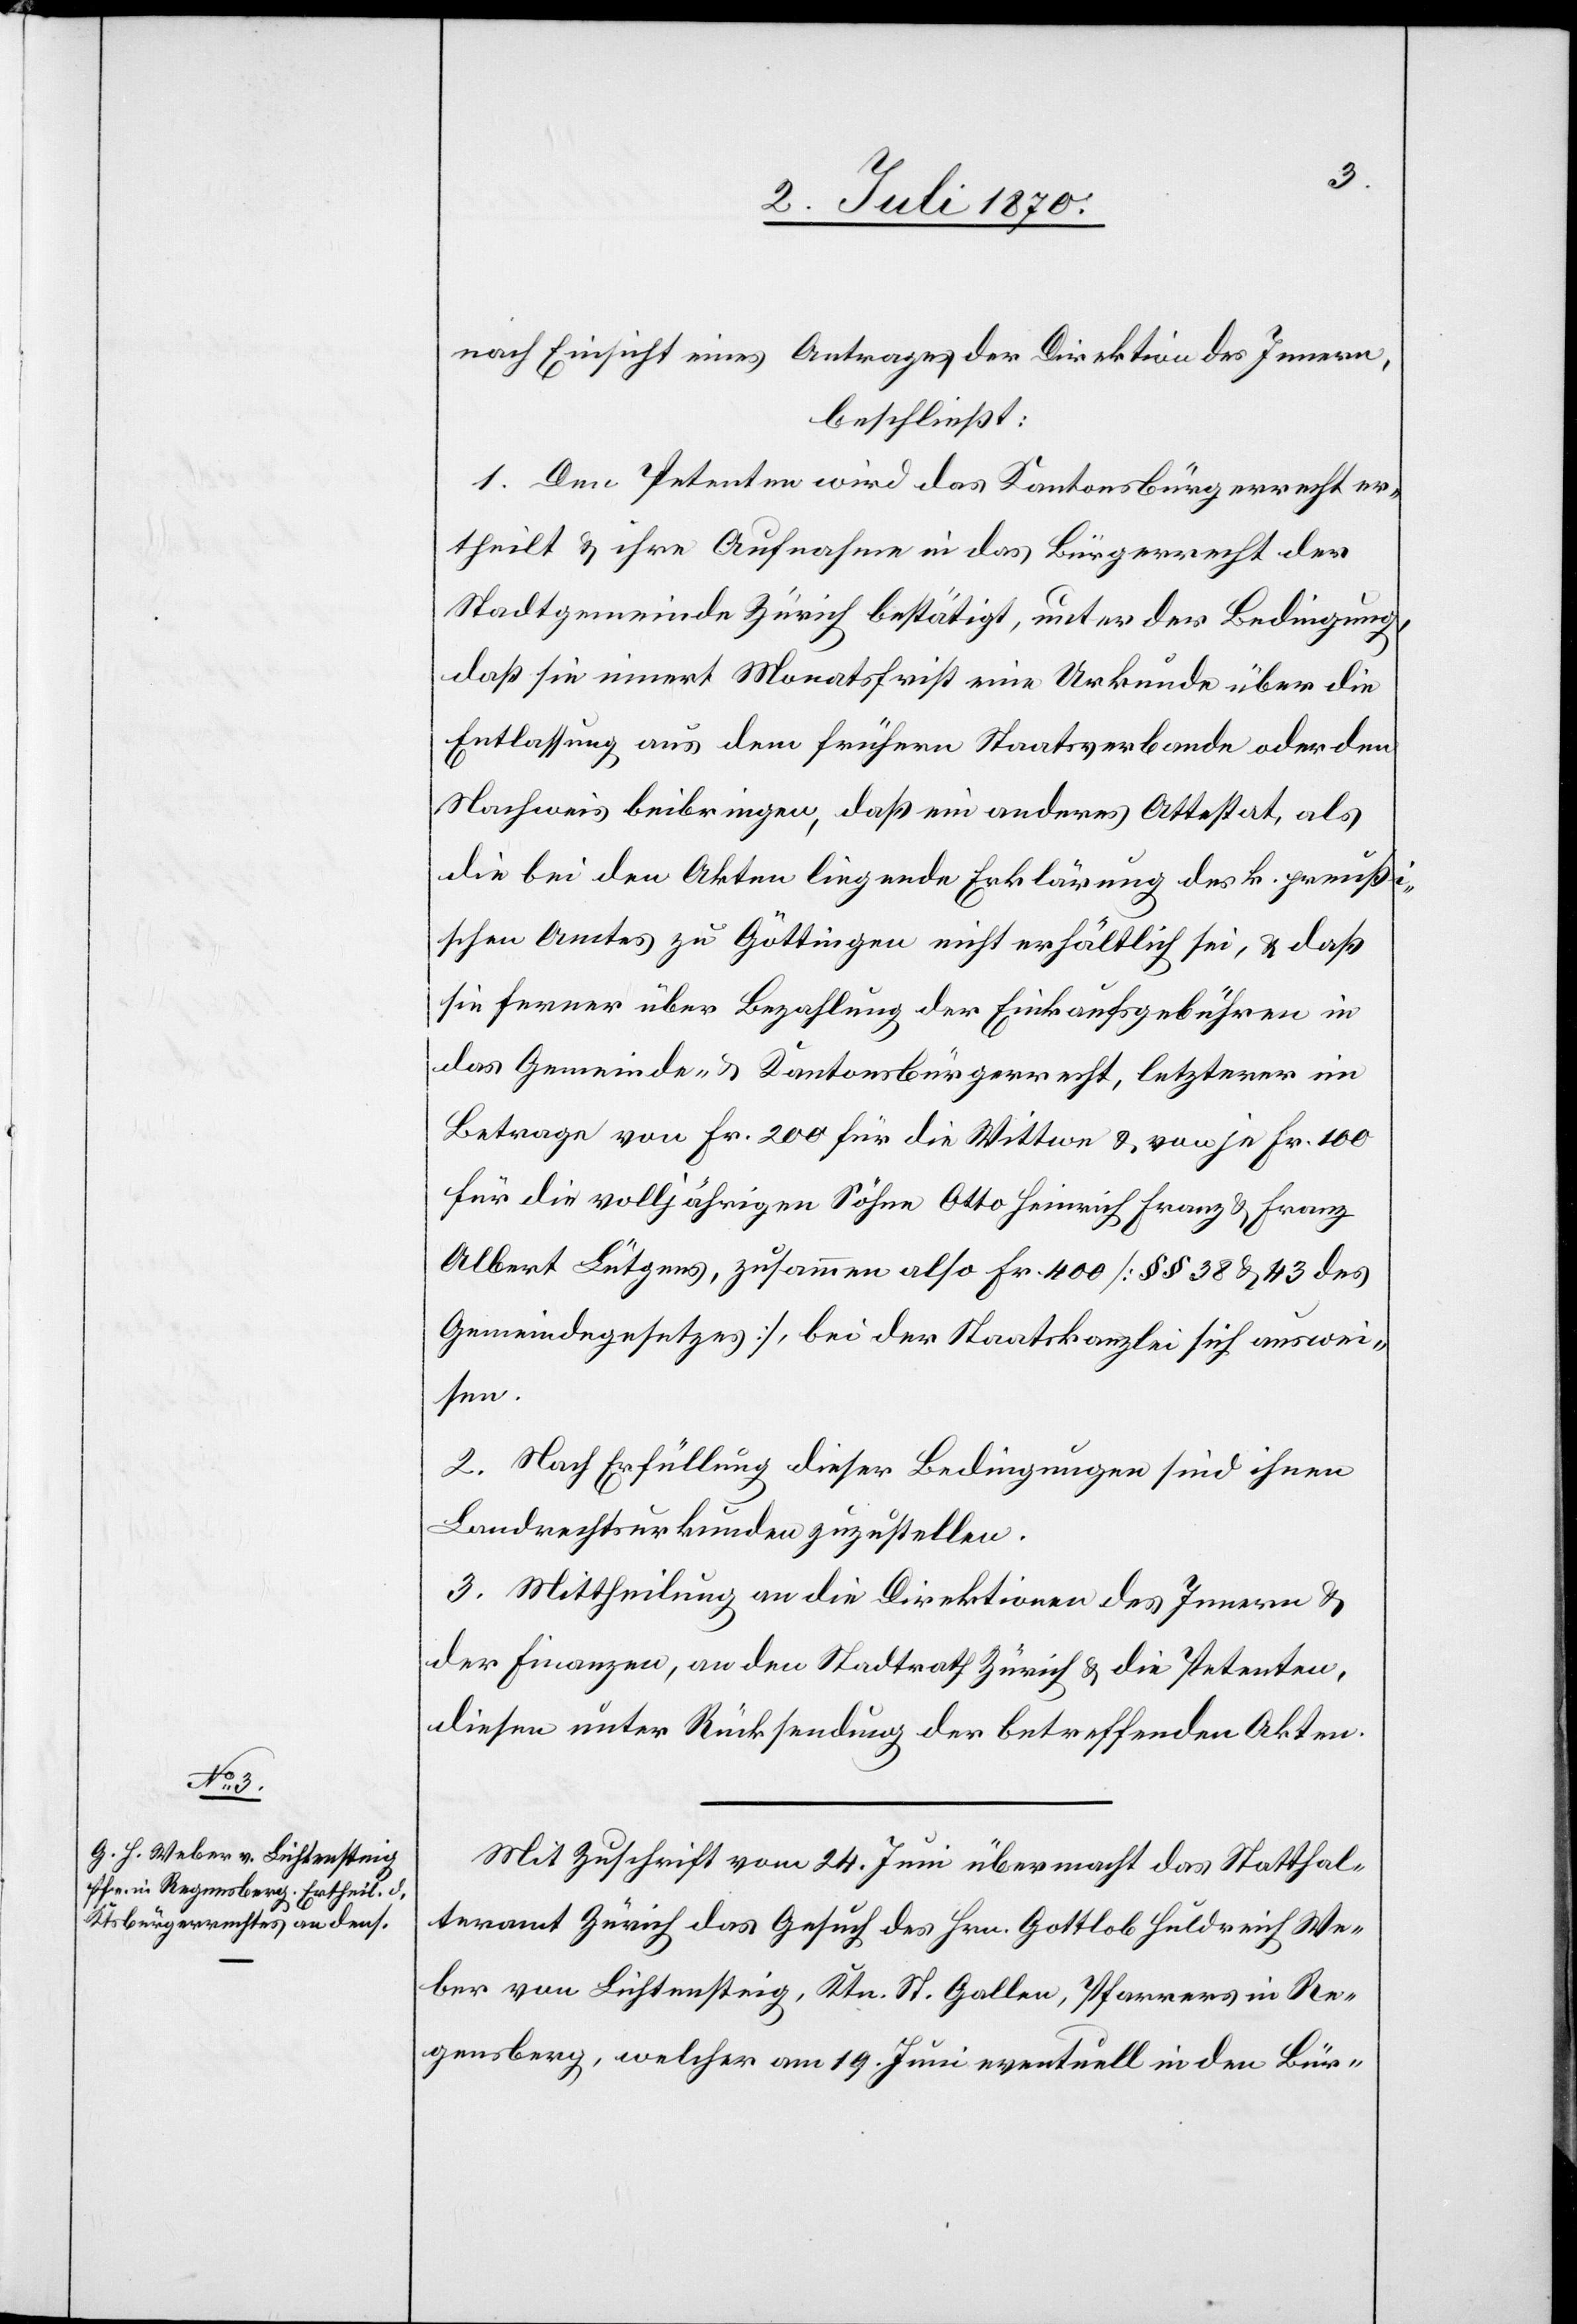
nach Einsicht eines Antrages der Direktion des Innern,
beschließt:
1. Den Petenten wird das Kantonsbürgerrecht er¬
theilt & ihre Aufnahme in das Bürgerrecht der
Stadtgemeinde Zürich bestätigt, unter der Bedingung,
daß sie innert Monatsfrist eine Urkunde über die
Entlassung aus dem frühern Staatsverbande oder den
Nachweis beibringen, daß ein anderes Attestat, als
die bei den Akten liegende Erklärung des k. preußi¬
schen Amtes zu Göttingen nicht erhältlich sei, & daß
sie ferner über Bezahlung der Einkaufsgebühren in
das Gemeinde- & Kantonsbürgerrecht, letzterer
Betrage von Fr. 200 für die Wittwe & von je Fr. 100
für die volljährigen Söhne Otto Heinrich Franz & Franz
Albert Lütgens, zusammen also Fr. 400 [§§ 38 & 43 des
Gemeindegesetzes], bei der Staatskanzlei sich auswei¬
sen.
2. Nach Erfüllung dieser Bedingungen sind ihnen
Landrechtsurkunden zuzustellen.
3. Mittheilung an die Direktionen des Innern &
der Finanzen, an den Stadtrath Zürich & die Petenten,
diesen unter Rücksendung der betreffenden Akten.
Mit Zuschrift vom 24. Juni übermacht das Statthal¬
teramt Zürich das Gesuch des Hrn. Gottlob Huldreich We¬
ber von Lichtensteig, Ktn. St. Gallen, Pfarrers in Re¬
gensberg, welcher am 19. Juni eventuell in den Bür-